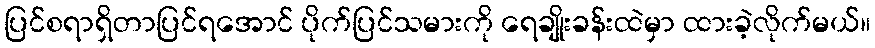
ပြင်စရာရှိတာပြင်ရအောင် ပိုက်ပြင်သမားကို ရေချိုးခန်းထဲမှာ ထားခဲ့လိုက်မယ်။